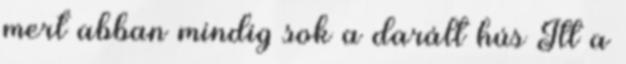
mert abban mindig sok a darált hús Itt a